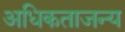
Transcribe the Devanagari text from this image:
अधिकताजन्य